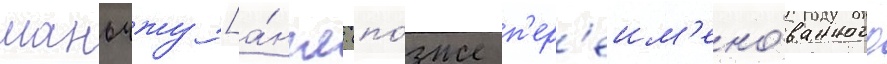
маньчжу [а́нгл. (по́зже п'ер'еим'ено́ванного